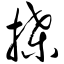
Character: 搡